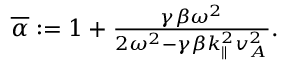
\begin{array} { r } { \overline { { \alpha } } : = 1 + \frac { \gamma \beta \omega ^ { 2 } } { 2 \omega ^ { 2 } - \gamma \beta k _ { \parallel } ^ { 2 } v _ { A } ^ { 2 } } . } \end{array}